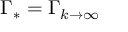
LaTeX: \Gamma _ { * } = \Gamma _ { k \rightarrow \infty }